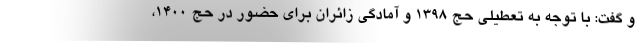
و گفت: با توجه به تعطیلی حج ۱۳۹۸ و آمادگی زائران برای حضور در حج ۱۴۰۰،